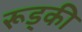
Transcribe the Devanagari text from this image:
रूड्की